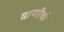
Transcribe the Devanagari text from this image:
घाणीची